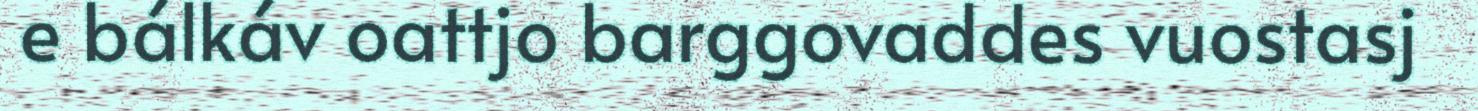
e bálkáv oattjo barggovaddes vuostasj